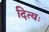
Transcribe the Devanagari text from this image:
दित्यः